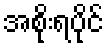
အစိုးရပိုင်